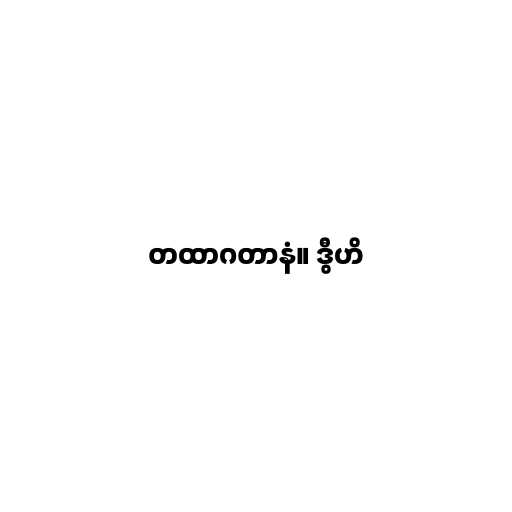
တထာဂတာနံ။ ဒွီဟိ